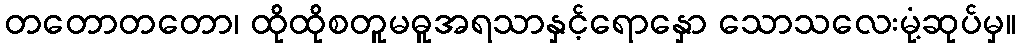
တတောတတော၊ ထိုထိုစတူမဓူအရသာနှင့်ရောနှော သောသလေးမုံ့ဆုပ်မှ။